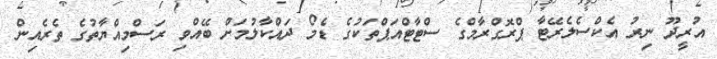
އުރީދޫ ނިރު އެކްސެލެރޭޓާ ޕްރޮގްރާމްގެ ސްޓާޓްއަޕްތަކުގެ ޑެމޯ ދައްކާލުމަށް ބޭއްވި ރަސްމިއްޔާތުގެ ތެރެއިން